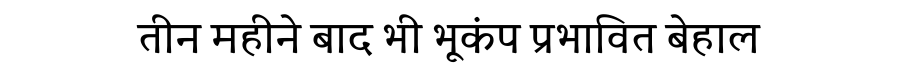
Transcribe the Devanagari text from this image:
तीन महीने बाद भी भूकंप प्रभावित बेहाल